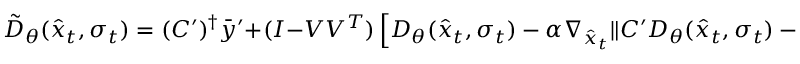
\tilde { D } _ { \theta } ( \hat { x } _ { t } , \sigma _ { t } ) = ( C ^ { \prime } ) ^ { \dag } \bar { y } ^ { \prime } + ( I - V V ^ { T } ) \left[ D _ { \theta } ( \hat { x } _ { t } , \sigma _ { t } ) - \alpha \nabla _ { \hat { x } _ { t } } \| C ^ { \prime } D _ { \theta } ( \hat { x } _ { t } , \sigma _ { t } ) - \bar { y } ^ { \prime } \| ^ { 2 } \right] ,